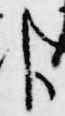
臣